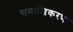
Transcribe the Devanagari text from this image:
समाजिकरण